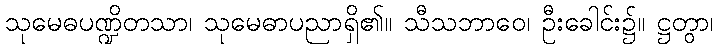
သုမေဓပဏ္ဍိတသာ၊ သုမေဓာပညာရှိ၏။ သီသဘာဝေ၊ ဦးခေါင်း၌။ ဋ္ဌတွာ၊